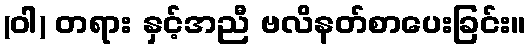
(ဝါ) တရား နှင့်အညီ ဗလိနတ်စာပေးခြင်း။